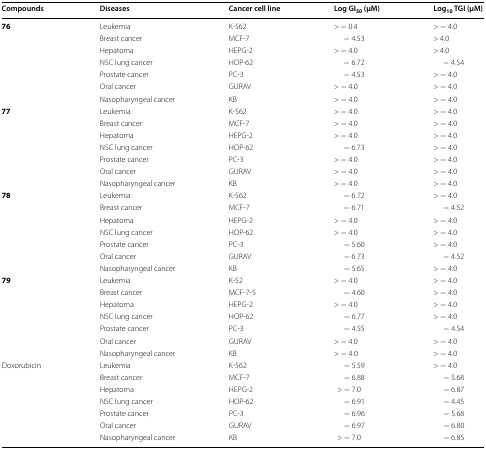
<table><thead><tr><td><b>Compounds</b></td><td><b>Diseases</b></td><td><b>Cancer cell line</b></td><td><b>Log GI<sub>50</sub> (μM)</b></td><td><b>Log<sub>10</sub> TGI (μM)</b></td></tr></thead><tbody><tr><td rowspan="7"><b>76</b></td><td>Leukemia</td><td>K-562</td><td>&gt; − 0.4</td><td>&gt; − 4.0</td></tr><tr><td>Breast cancer</td><td>MCF-7</td><td>− 4.53</td><td>&gt; 4.0</td></tr><tr><td>Hepatoma</td><td>HEPG-2</td><td>&gt; − 4.0</td><td>&gt; 4.0</td></tr><tr><td>NSC lung cancer</td><td>HOP-62</td><td>− 6.72</td><td>− 4.54</td></tr><tr><td>Prostate cancer</td><td>PC-3</td><td>− 4.53</td><td>&gt; − 4.0</td></tr><tr><td>Oral cancer</td><td>GURAV</td><td>&gt; − 4.0</td><td>&gt; − 4.0</td></tr><tr><td>Nasopharyngeal cancer</td><td>KB</td><td>&gt; − 4.0</td><td>&gt; − 4.0</td></tr><tr><td rowspan="7"><b>77</b></td><td>Leukemia</td><td>K-562</td><td>&gt; − 4.0</td><td>&gt; − 4.0</td></tr><tr><td>Breast cancer</td><td>MCF-7</td><td>&gt; − 4.0</td><td>&gt; − 4.0</td></tr><tr><td>Hepatoma</td><td>HEPG-2</td><td>&gt; − 4.0</td><td>&gt; − 4.0</td></tr><tr><td>NSC lung cancer</td><td>HOP-62</td><td>− 6.73</td><td>&gt; − 4.0</td></tr><tr><td>Prostate cancer</td><td>PC-3</td><td>&gt; − 4.0</td><td>&gt; − 4.0</td></tr><tr><td>Oral cancer</td><td>GURAV</td><td>&gt; − 4.0</td><td>&gt; − 4.0</td></tr><tr><td>Nasopharyngeal cancer</td><td>KB</td><td>&gt; − 4.0</td><td>&gt; − 4.0</td></tr><tr><td rowspan="7"><b>78</b></td><td>Leukemia</td><td>K-562</td><td>− 6.72</td><td>&gt; − 4.0</td></tr><tr><td>Breast cancer</td><td>MCF-7</td><td>− 6.71</td><td>− 4.52</td></tr><tr><td>Hepatoma</td><td>HEPG-2</td><td>&gt; − 4.0</td><td>&gt; − 4.0</td></tr><tr><td>NSC lung cancer</td><td>HOP-62</td><td>&gt; − 4.0</td><td>&gt; − 4.0</td></tr><tr><td>Prostate cancer</td><td>PC-3</td><td>− 5.60</td><td>&gt; − 4.0</td></tr><tr><td>Oral cancer</td><td>GURAV</td><td>− 6.73</td><td>− 4.52</td></tr><tr><td>Nasopharyngeal cancer</td><td>KB</td><td>− 5.65</td><td>&gt; − 4.0</td></tr><tr><td rowspan="7"><b>79</b></td><td>Leukemia</td><td>K-52</td><td>&gt; − 4.0</td><td>&gt; − 4.0</td></tr><tr><td>Breast cancer</td><td>MCF-7-5</td><td>− 4.60</td><td>&gt; − 4.0</td></tr><tr><td>Hepatoma</td><td>HEPG-2</td><td>&gt; − 4.0</td><td>&gt; − 4.0</td></tr><tr><td>NSC lung cancer</td><td>HOP-62</td><td>− 6.77</td><td>&gt; − 4.0</td></tr><tr><td>Prostate cancer</td><td>PC-3</td><td>− 4.55</td><td>− 4.54</td></tr><tr><td>Oral cancer</td><td>GURAV</td><td>&gt; − 4.0</td><td>&gt; − 4.0</td></tr><tr><td>Nasopharyngeal cancer</td><td>KB</td><td>&gt; − 4.0</td><td>&gt; − 4.0</td></tr><tr><td rowspan="7">Doxorubicin</td><td>Leukemia</td><td>K-562</td><td>− 5.59</td><td>&gt; − 4.0</td></tr><tr><td>Breast cancer</td><td>MCF-7</td><td>− 6.88</td><td>− 5.68</td></tr><tr><td>Hepatoma</td><td>HEPG-2</td><td>&gt; − 7.0</td><td>− 6.87</td></tr><tr><td>NSC lung cancer</td><td>HOP-62</td><td>− 6.91</td><td>− 4.45</td></tr><tr><td>Prostate cancer</td><td>PC-3</td><td>− 6.96</td><td>− 5.68</td></tr><tr><td>Oral cancer</td><td>GURAV</td><td>− 6.97</td><td>− 6.80</td></tr><tr><td>Nasopharyngeal cancer</td><td>KB</td><td>&gt; − 7.0</td><td>− 6.85</td></tr></tbody></table>